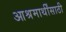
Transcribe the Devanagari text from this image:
आश्रमार्थींसाठी